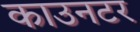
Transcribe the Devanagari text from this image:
काउनटर